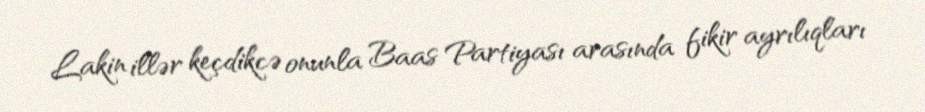
Lakin illər keçdikcə onunla Baas Partiyası arasında fikir ayrılıqları